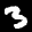
Label: 3